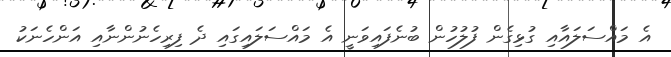
އެ މައްސަލައާއި ގުޅިގެން ފުލުހުން ބުނެފައިވަނީ އެ މައްސަލައިގައި ދެ ފިރިހެނުންނާއި އަންހެނަކު